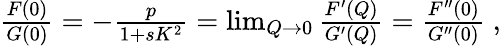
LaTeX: \begin{array}{r}{\frac{F(0)}{G(0)}=-\frac{p}{1+sK^{2}}=\operatorname*{lim}_{Q\rightarrow 0}\frac{F^{\prime}(Q)}{G^{\prime}(Q)}=\frac{F^{\prime\prime}(0)}{G^{\prime\prime}(0)}\; ,}\end{array}